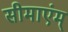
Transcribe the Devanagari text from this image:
सीमाएंम्